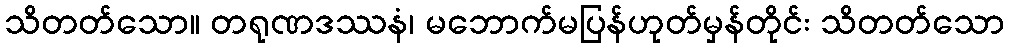
သိတတ်သော။ တရုဏဒဿနံ၊ မဘောက်မပြန်ဟုတ်မှန်တိုင်း သိတတ်သော